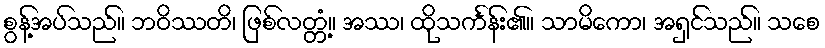
စွန့်အပ်သည်။ ဘဝိဿတိ၊ ဖြစ်လတ္တံ့။ အဿ၊ ထိုသင်္ကန်း၏။ သာမိကော၊ အရှင်သည်။ သစေ